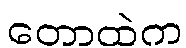
တောထဲက